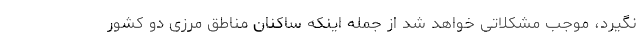
نگیرد، موجب مشکلاتی خواهد شد از جمله اینکه ساکنان مناطق مرزی دو کشور